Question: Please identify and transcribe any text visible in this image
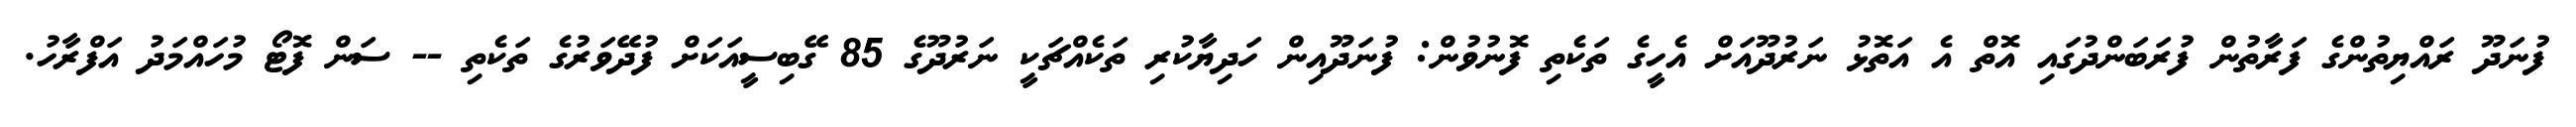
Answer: ފުނަދޫ ރައްޔިތުންގެ ފަރާތުން ފުރަބަންދުގައި އޮތް އެ އަތޮޅު ނަރުދޫއަށް އެހީގެ ތަކެތި ފޮނުވުން: ފުނަދޫއިން ހަދިޔާކުރި ތަކެއްޗަކީ ނަރުދޫގެ 85 ގޭބިސީއަކަށް ފުދޭވަރުގެ ތަކެތި -- ސަން ފޮޓޯ މުހައްމަދު އަފްރާހު.